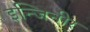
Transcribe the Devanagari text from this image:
इन्जिनीर